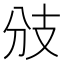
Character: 𢺹